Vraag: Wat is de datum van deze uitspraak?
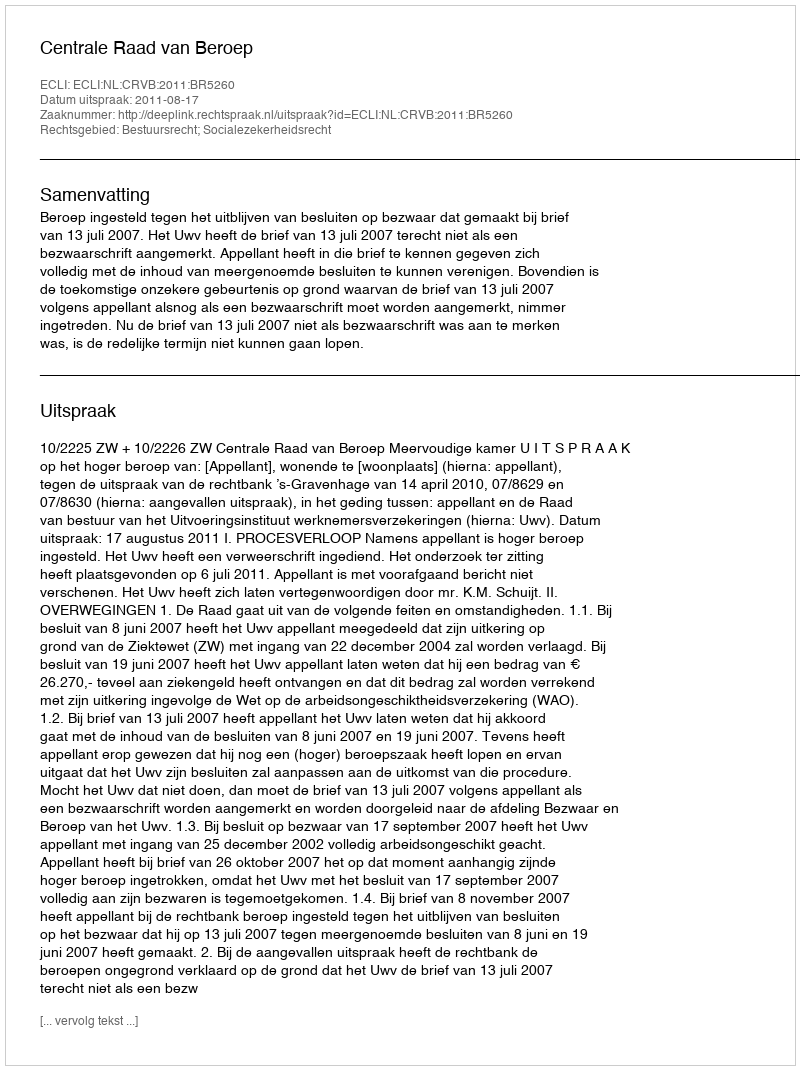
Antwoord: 2011-08-17